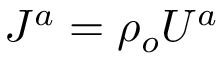
J ^ { a } = \rho _ { o } U ^ { a }